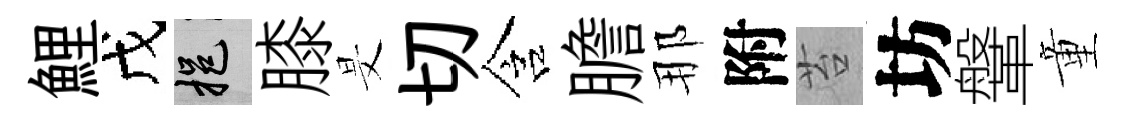
鯉戊挹膝旻切含膽那附苔坊鞶童